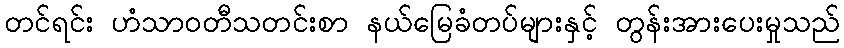
တင်ရင်း ဟံသာဝတီသတင်းစာ နယ်မြေခံတပ်များနှင့် တွန်းအားပေးမှုသည်